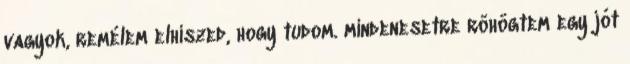
vagyok, remélem elhiszed, hogy tudom. mindenesetre röhögtem egy jót